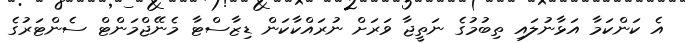
އެ ކަންކަމާ އަޅާނުލައި ތިބުމުގެ ނަތީޖާ ވަރަށް ނުރައްކާކަން ޑިޒާސްޓާ މެނޭޖްމަންޓް ސެންޓަރުގެ